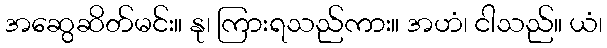
အဆွေဆိတ်မင်း။ နု၊ ကြားရသည်ကား။ အဟံ၊ ငါသည်။ ယံ၊